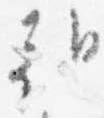
朝